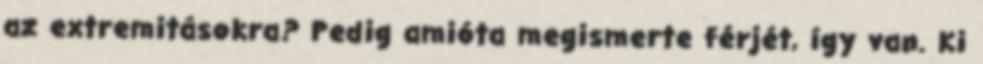
az ext­re­mi­tá­sokra? Pedig ami­óta meg­is­merte fér­jét, így van. Ki